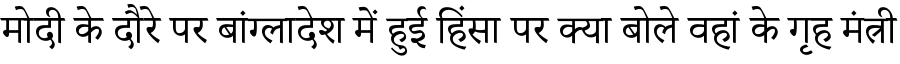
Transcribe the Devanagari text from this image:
मोदी के दौरे पर बांग्लादेश में हुई हिंसा पर क्या बोले वहां के गृह मंत्री